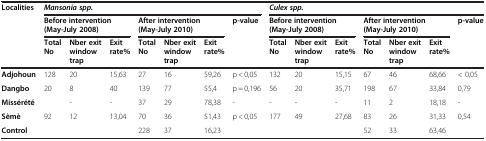
| Localities | <COLSPAN=7> Mansonia spp. | <COLSPAN=7> Culex spp. |
 |  | <COLSPAN=3> Before intervention (May-July 2008) | <COLSPAN=3> After intervention (May-July 2010) | p-value | <COLSPAN=3> Before intervention (May-July 2008) | <COLSPAN=3> After intervention (May-July 2010) | p-value |
 |  | Total No | Nber exit window trap | Exit rate% | Total No | Nber exit window trap | Exit rate% |  | Total No | Nber exit window trap | Exit rate% | Total No | Nber exit window trap | Exit rate% |  |
 | --- | --- | --- | --- | --- | --- | --- | --- | --- | --- | --- | --- | --- | --- | --- |
 | Adjohoun | 128 | 20 | 15,63 | 27 | 16 | 59,26 | p < 0,05 | 132 | 20 | 15,15 | 67 | 46 | 68,66 | < 0,05 |
 | Dangbo | 20 | 8 | 40 | 139 | 77 | 55,4 | p = 0,196 | 56 | 20 | 35,71 | 198 | 67 | 33,84 | 0,79 |
 | <COLSPAN=2> Missérété | - | - | 37 | 29 | 78,38 | - | - | - | - | 11 | 2 | 18,18 | - |
 | Sèmè | 92 | 12 | 13,04 | 70 | 36 | 51,43 | p < 0,05 | 177 | 49 | 27,68 | 83 | 26 | 31,33 | 0,54 |
 | <COLSPAN=2> Control |  |  | 228 | 37 | 16,23 |  |  |  |  | 52 | 33 | 63,46 |  |